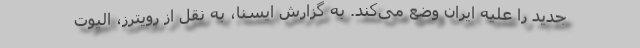
جدید را علیه ایران وضع می‌کند. به گزارش ایسنا، به نقل از رویترز، الیوت